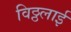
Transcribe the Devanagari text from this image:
विठ्ठलाई